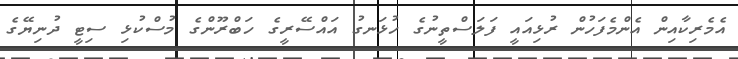
އެމެރިކާއިން އެންމެފަހުން ރުޅިއައީ ފަލަސްތީނުގެ ހުޅަނގު އައްސޭރީގެ ހަބްރޫންގެ މުސްކުޅި ސިޓީ ދުނިޔޭގެ